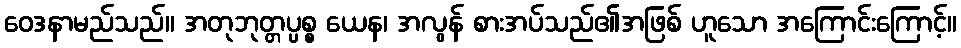
ဝေဒနာမည်သည်။ အတုဘုတ္တပ္ပစ္စ ယေန၊ အလွန် စားအပ်သည်၏အဖြစ် ဟူသော အကြောင်းကြောင့်။